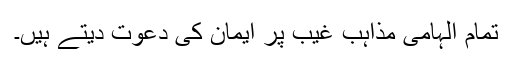
تمام الہامی مذاہب غیب پر ایمان کی دعوت دیتے ہیں۔